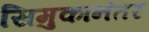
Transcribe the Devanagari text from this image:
सिमुकानंतर